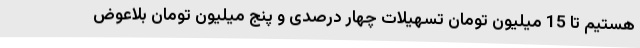
هستیم تا 15 میلیون تومان تسهیلات چهار درصدی و پنج میلیون تومان بلاعوض